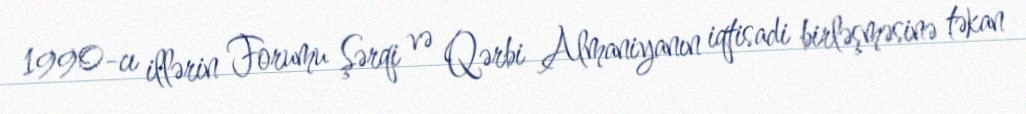
1990-cı illərin Forumu Şərqi və Qərbi Almaniyanın iqtisadi birləşməsinə təkan